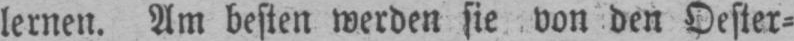
lernen. Am besten werden sie von den Oester⸗